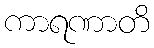
ကာရဏာတိ